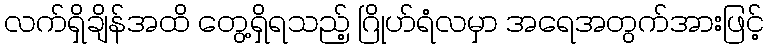
လက်ရှိချိန်အထိ တွေ့ရှိရသည့် ဂြိုဟ်ရံလမှာ အရေအတွက်အားဖြင့်